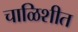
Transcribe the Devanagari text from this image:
चाळिशीत